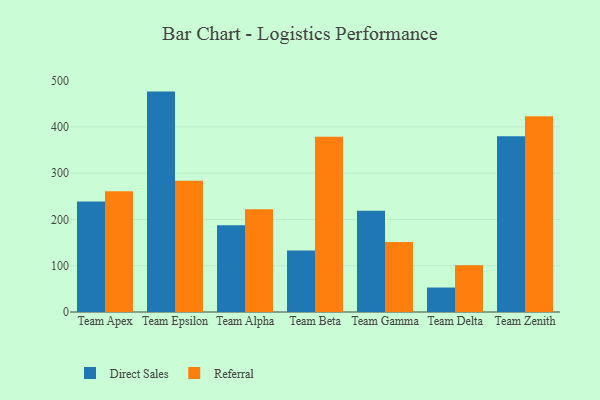
{"axis": {"x": "Team", "y": "Website Visitors"}, "legend": ["Direct Sales", "Referral"], "data": [{"x": "Team Apex", "y": 238.8, "type": "Direct Sales"}, {"x": "Team Apex", "y": 260.7, "type": "Referral"}, {"x": "Team Epsilon", "y": 476.2, "type": "Direct Sales"}, {"x": "Team Epsilon", "y": 283.8, "type": "Referral"}, {"x": "Team Alpha", "y": 187.3, "type": "Direct Sales"}, {"x": "Team Alpha", "y": 222.0, "type": "Referral"}, {"x": "Team Beta", "y": 133.0, "type": "Direct Sales"}, {"x": "Team Beta", "y": 378.4, "type": "Referral"}, {"x": "Team Gamma", "y": 218.8, "type": "Direct Sales"}, {"x": "Team Gamma", "y": 151.0, "type": "Referral"}, {"x": "Team Delta", "y": 52.9, "type": "Direct Sales"}, {"x": "Team Delta", "y": 100.8, "type": "Referral"}, {"x": "Team Zenith", "y": 379.8, "type": "Direct Sales"}, {"x": "Team Zenith", "y": 423.2, "type": "Referral"}]}